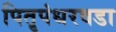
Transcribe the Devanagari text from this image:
पितृपंधरवडा